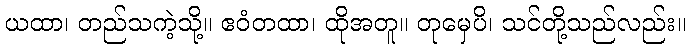
ယထာ၊ တည်သကဲ့သို့။ ဧဝံတထာ၊ ထိုအတူ။ တုမှေပိ၊ သင်တို့သည်လည်း။